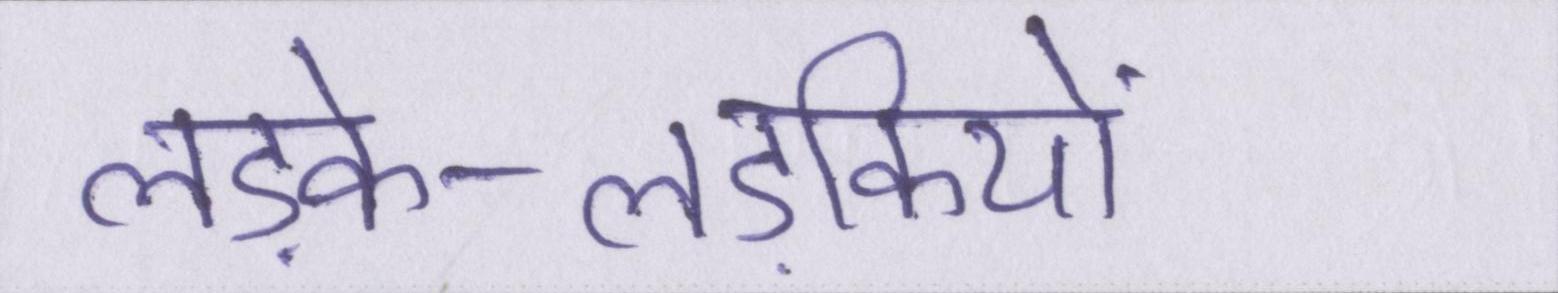
लड़के-लड़कियों